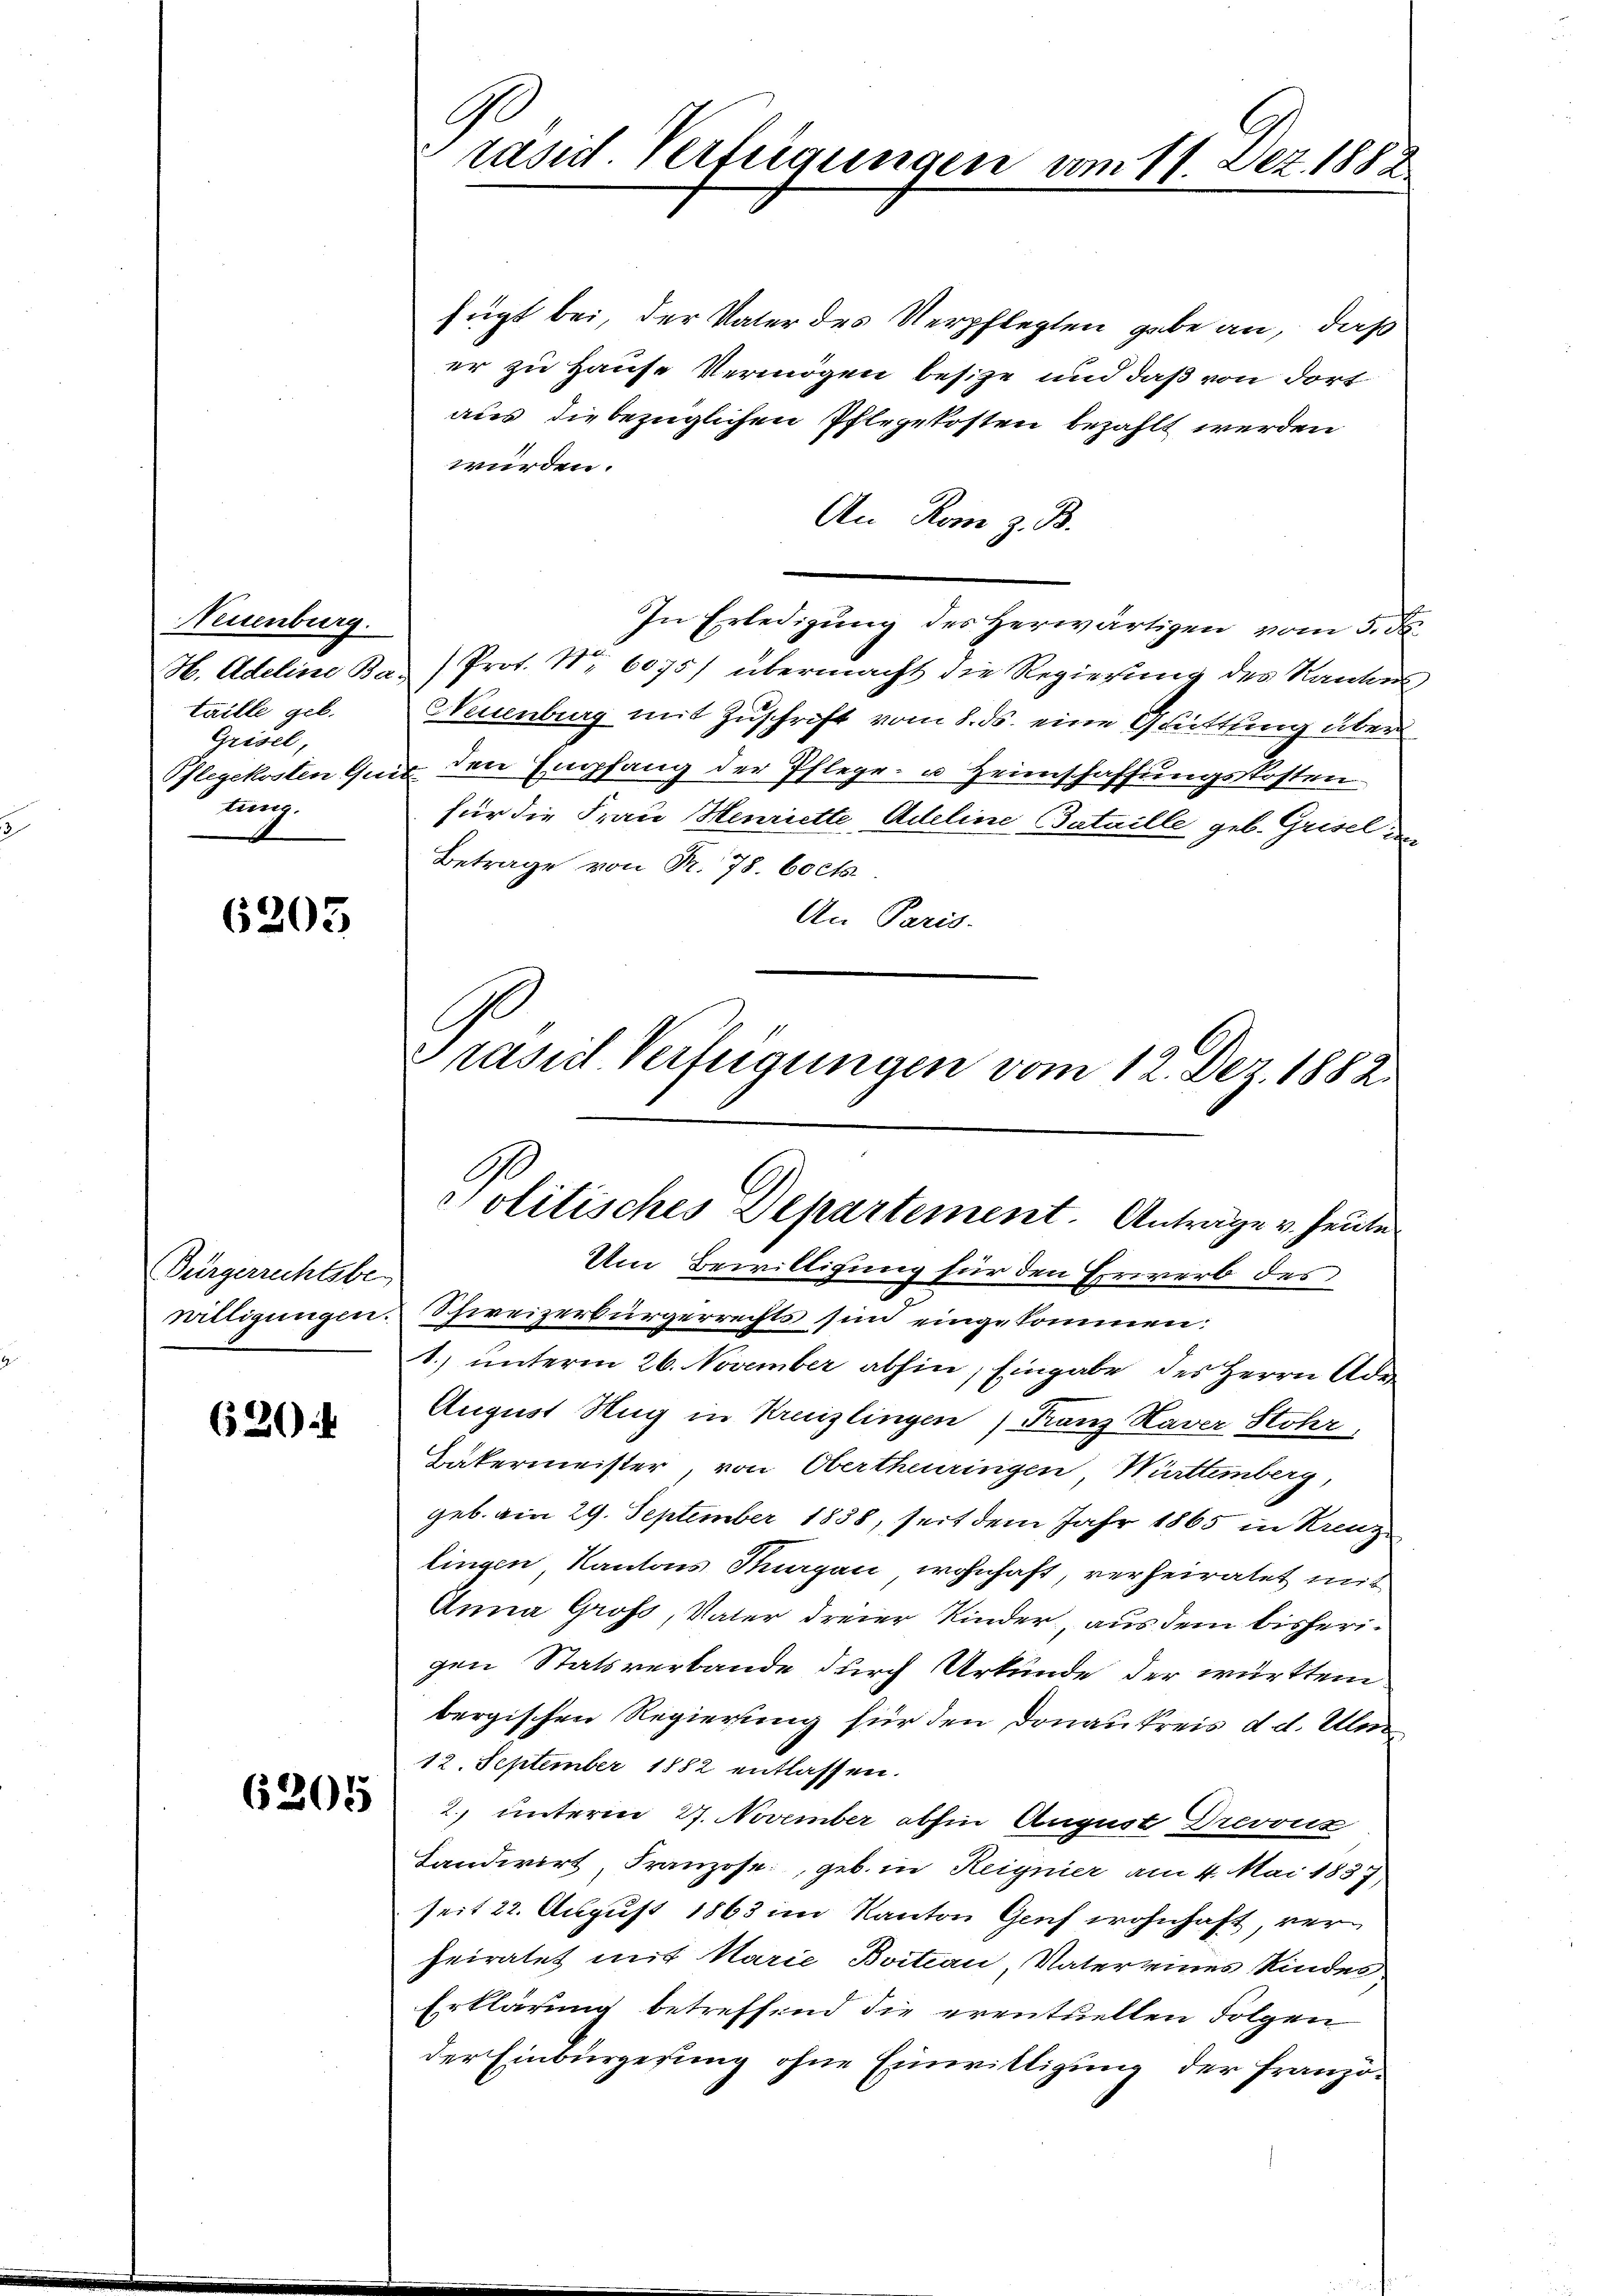
Neuenburg.
H. Adeline Bataille geb.
Grisel,
lung

6203

Bürgerrechtsbe¬

620.

6205

fügt bei, der Vater des Verpflegten gabe an, daß
er zu Hause Vermögen besitze und daß von dort
aus die bezüglichen Pflegekosten bezahlt werden
würden.
An Rom z. B.
In Erledigung des Herwärtigen vom 5. d.
Prot. Nr. 6075) übermacht die Regierung des Kantons
Neuenburg mit Zuschrift vom 8. ds. eine Grüttung über
Pflegekosten Quit den Empfang der Pflege- u Heimschaffungskosten
für die Frau Henriette, Adeline Bataille geb. Grisel
Betrage von Fr. 78. 60 cts.
An Paris.
Um Bewilligung für den Erwerb des
willigungen. Schweizerbürgerrechts sind eingekommen:
1.) unterm 26. November abhin, Eingabe des Herrn Ade
August Hug in Kreuzlingen) Franz Haver Stohr
Bäkermeister, von Obertheuringen Württemberg,
geb. am 29. September 1858, seit dem Jahr 1865 in Krenz
lingen, Kantons Thurgau wohnhaft, verheiratet mit
Anna Gross, Vater dreier Kinder, aus dem bisherigen Statsverbande durch Urkunde der württembergischen Regierung für den Donaukreis d. d. Ulm
12. September 1882 entlassen.
2. unterm 27. November abhin August Drevouz
Landwirt, Franzose, geb. in Reignier am 4. Mai 1837,
seit 22. August 1863 im Kanton Genf wohnhaft, verheiratet mit Karić Bvitian Vater eines Kindes
Erklärung betreffend die eventuellen Folgen
der Einbürgerung ohne Einwilligung der Franzö¬

9
räsid. Verfügungen vom 11. Dez. 1882.

Prasial-Verfügungen vom 12. Dez. 1882.

Politisches Departement. Anträge v. heute